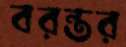
বরন্তর